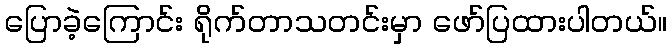
ပြောခဲ့ကြောင်း ရိုက်တာသတင်းမှာ ဖော်ပြထားပါတယ်။